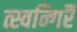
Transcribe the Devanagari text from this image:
त्स्वन्गिर्रै